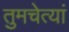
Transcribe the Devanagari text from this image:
तुमचेत्यां